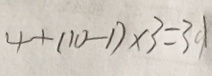
4 + ( 1 0 - 1 ) \times 3 = 3 1